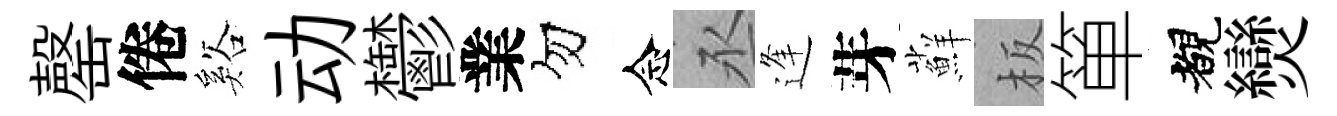
罄倦谿动鬱業勿念丞逢芽蘚板箪覩𤓖